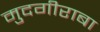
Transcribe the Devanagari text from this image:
मुदगीराबा